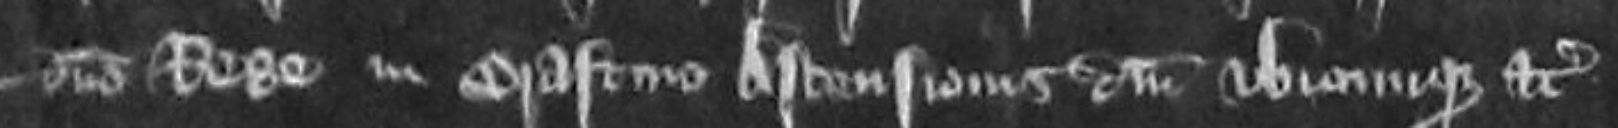
domino rege in Crastino Ascensionis Domini ubicumque etc